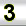
Digit: 3